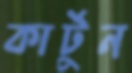
কার্টুন